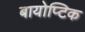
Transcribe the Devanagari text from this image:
बायोप्टिक